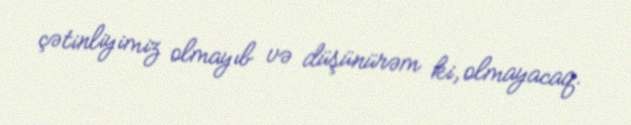
çətinliyimiz olmayıb və düşünürəm ki, olmayacaq.